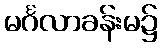
မင်္ဂလာခန်းမ၌